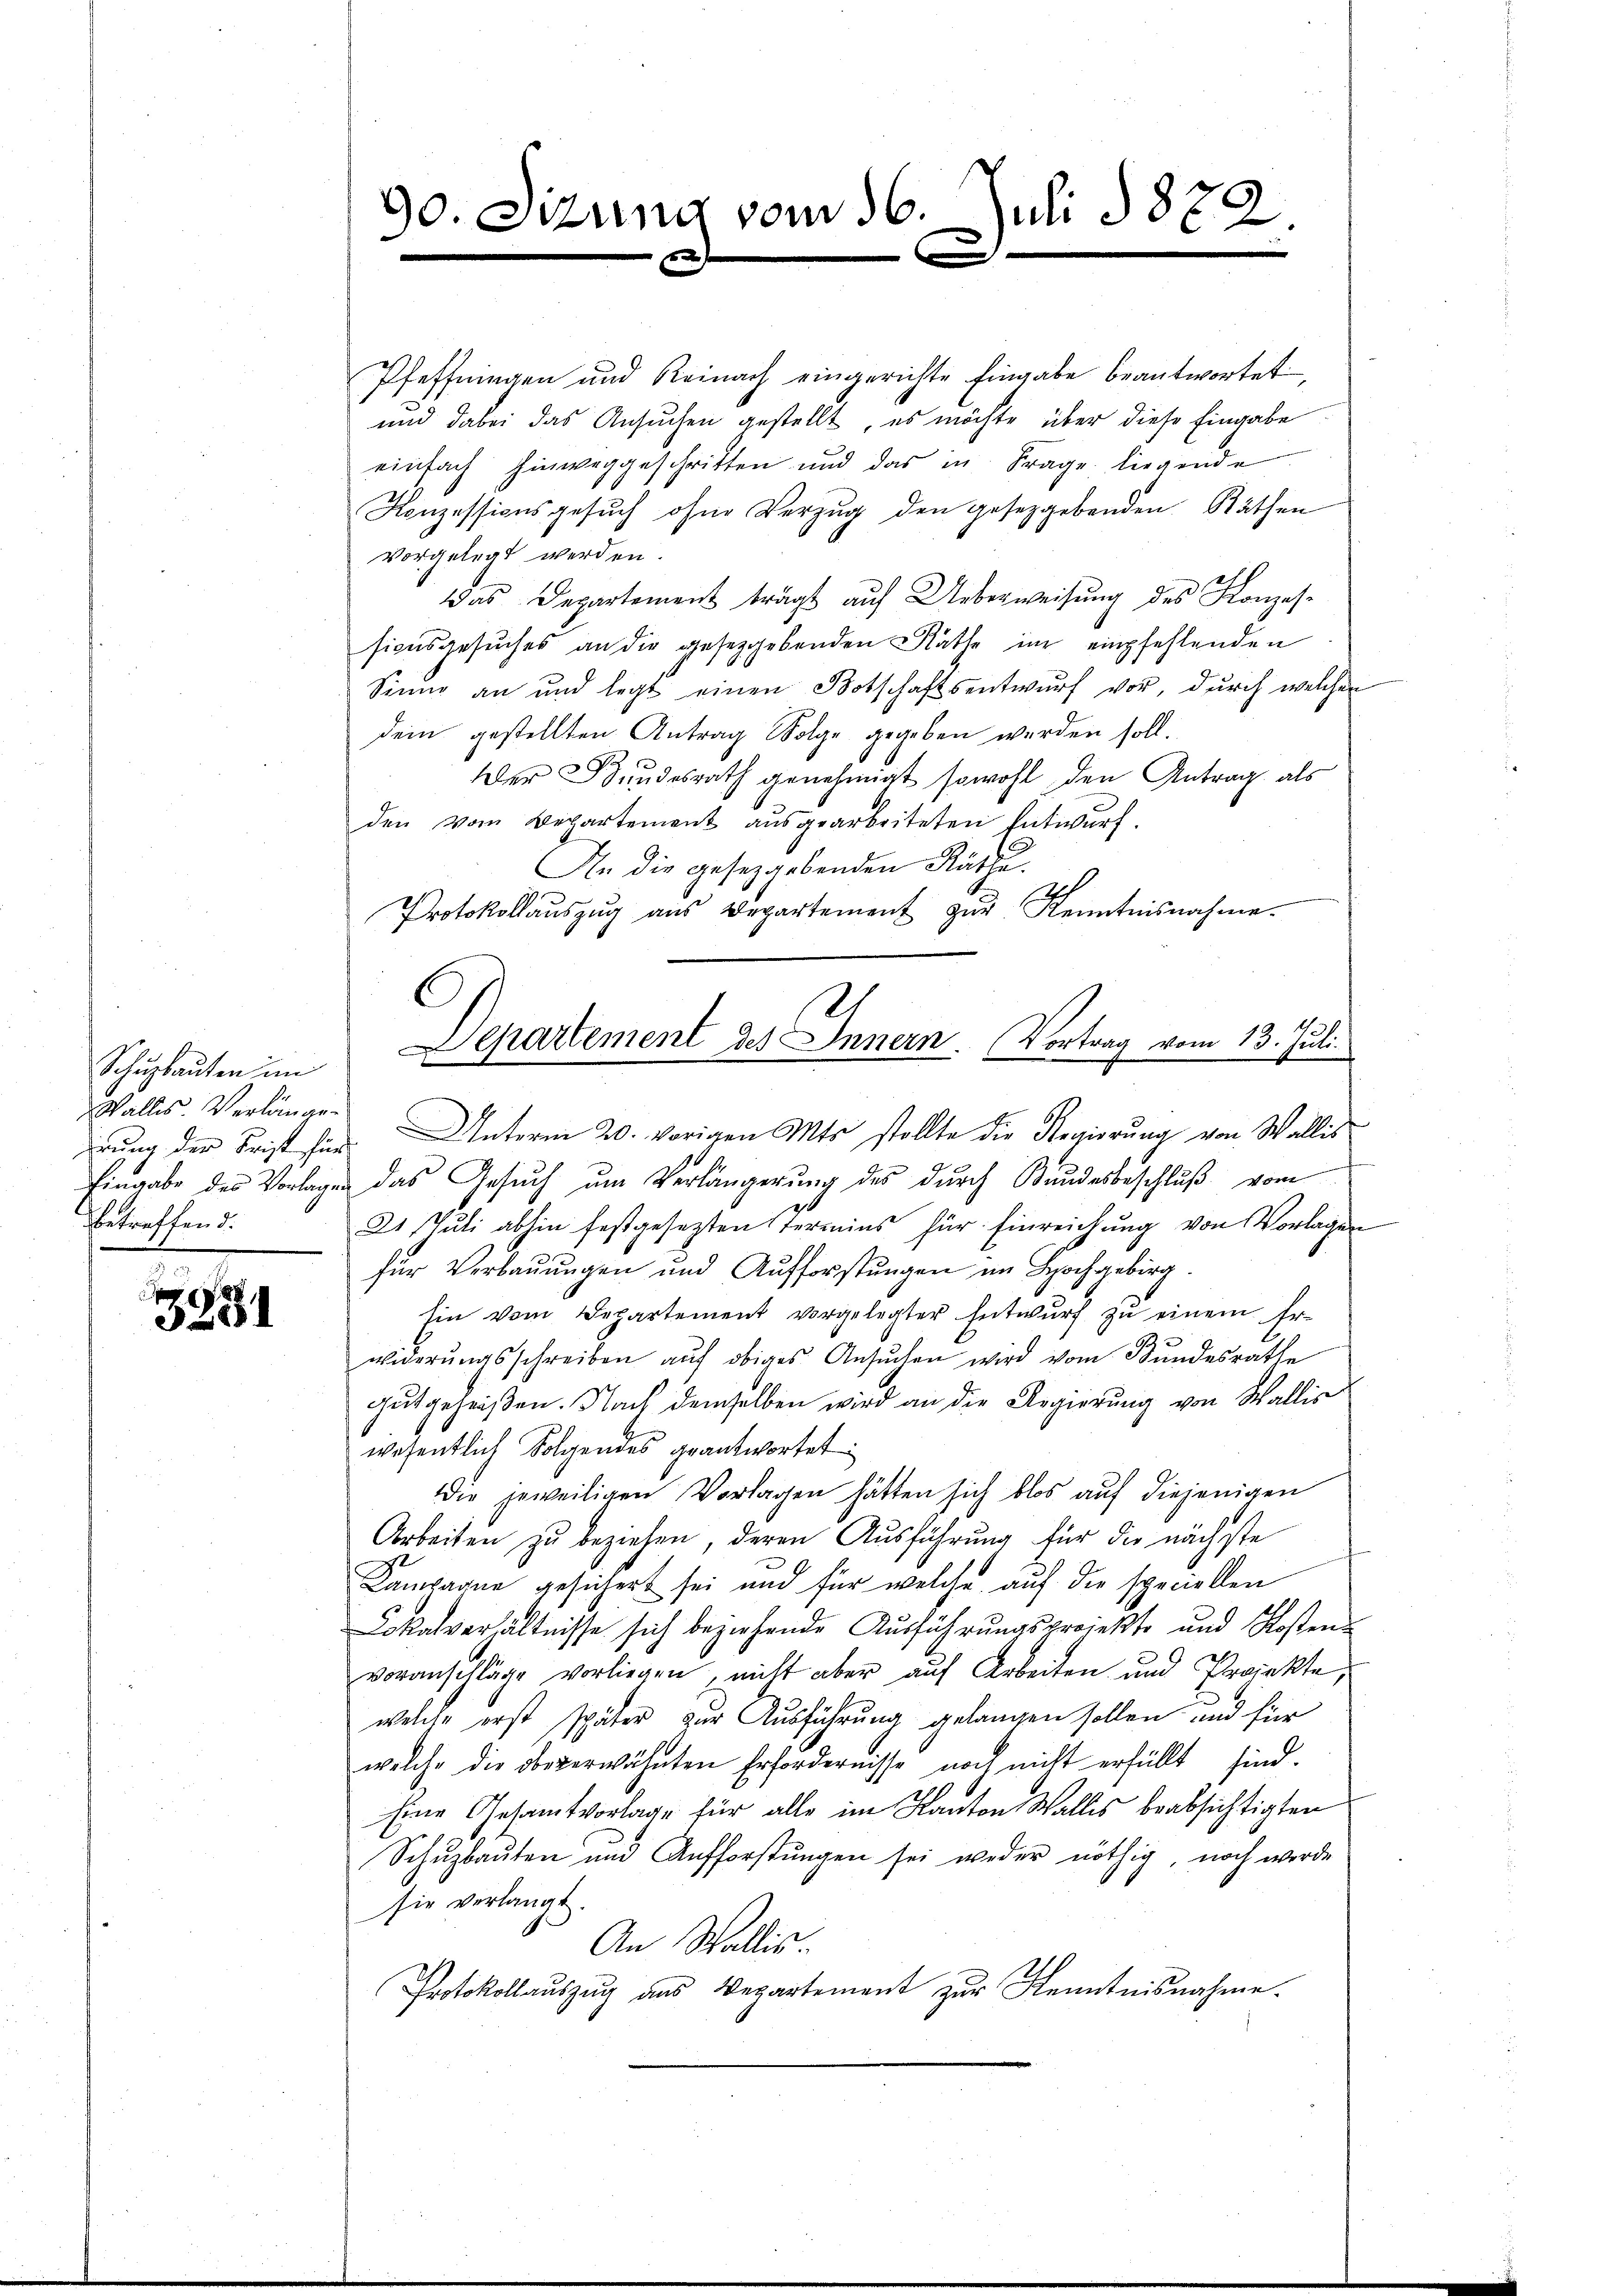
Schuzbauten im
Wallis. Verlängen
betreffend.

c
3931

90. Sizung vom 16. Juli 1872.
.

Pfeffningen und Reinach eingerichte Eingabe beantwortet,
und dabei das Ansuchen gestellt, es möchte über diese Eingabe
einfach hinweggeschritten und das in Frage liegende
Konzessionsgesŭch ohne Verzug den gesetzgebenden Räthen
vorgelegt werden.
Das Departement trägt auf Ueberweisung des Konzessionsgesŭches an die gesetzgebenden Räthe im empfehlenden
Sinne an und legt einen Botschaftsentwurf vor, durch welcher
dein gestellten Antrag Folge gegeben werden soll.
Der Bundesrath genehmigt sowohl den Antrag als
den vom Departement aŭsgearbeiteten Entwurf.
An die gesetzgebenden Räthe.
Protokollaŭszŭg aŭs Departement zŭr Kenntnisnahme.
Eingabe des Vorlagen das Gesŭch ŭm Verlängerung des durch Bundesbeschluß vom
21. Jŭli abhin festgesezten Termins für Einreichŭng von Vorlagen
für Verbauungen und Aufforstungen im Hochgebirg
hin vom Departement vorgelegter Entwurf zu einem Erwiderŭngsschreiben aŭf obiges Ansŭchen wird vom Bundesrathe
gutgeheißen. Nach demselben wird an die Regierung von Wallis
wesentlich Folgendes geantwortet
Die jeweiligen Vorlagen hätten sich blos auf diejenigen
Arbeiten zu beziehen, deren Ausführung für die nächste
Kampagne gesichert sei und für welche auf die speciellen
Lokalverhältnisse sich beziehende Ausführungsprojekte und Klosten
voranschläge vorliegen, nicht aber auf Arbeiten und Projekte,
welche erst später zur Ausführung gelangen sollen und für
welche die obererwähnten Erfordernisse noch nicht erfüllt sind.
Eine Gesamtvorlage für alle im Kanton Wallis beabsichtigten
Schŭzbauten und Aufforstŭngen sei weder nöthig, noch werde
sie verlangt.
An Wallis
Protokollauszug des Departement zur Kenntnisnahme.

l
Separtement des Innern. Vortrag vom 13. Juli.
irung der Frist für Unterm 20. vorigen Mts. stellte die Regierung von Wallis